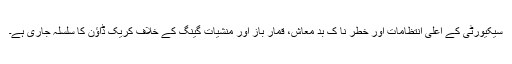
سیکیورٹی کے اعلی انتظامات اور خطر نا ک بد معاش، قمار باز اور منشیات گینگ کے خلاف کریک ڈاؤن کا سلسلہ جاری ہے۔